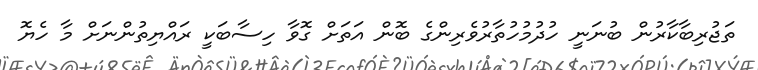
ތަޖުރިބާކާރުން ބުނަނީ ހުދުމުހުތާރުވެރިންގެ ބޮން އަތަށް ގޮވާ ހިސާބަކީ ރައްޔިތުންނަށް މާ ހެޔޮ